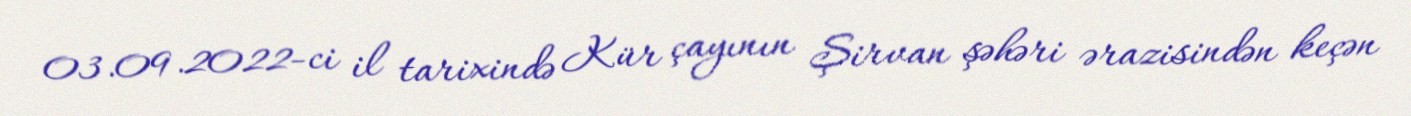
03.09.2022-ci il tarixində Kür çayının Şirvan şəhəri ərazisindən keçən